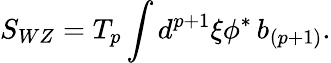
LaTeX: S_{WZ}=T_{p}\int d^{p+1}\xi\phi^{*}\, b_{(p+1)}.